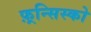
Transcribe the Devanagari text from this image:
फ़्रन्सिस्को